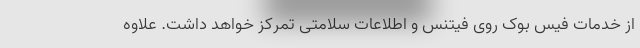
از خدمات فیس بوک روی فیتنس و اطلاعات سلامتی تمرکز خواهد داشت. علاوه